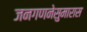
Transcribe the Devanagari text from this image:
जनगणनेसुमारास